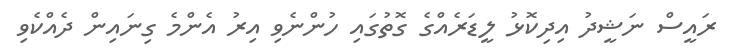
ރައީސް ނަޝީދު އިދިކޮޅު ލީޑަރެއްގެ ގޮތުގައި ހުންނެވި އިރު އެންމެ ގިނައިން ދެއްކެވި